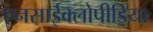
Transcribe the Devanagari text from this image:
एनसाईक्लोपीडिया